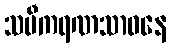
သမီကရဏသာဓနေ